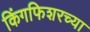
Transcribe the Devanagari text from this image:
किंगफिशरच्या